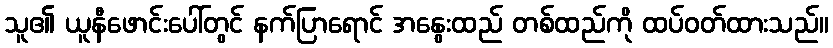
သူ၏ ယူနီဖောင်းပေါ်တွင် နက်ပြာရောင် အနွေးထည် တစ်ထည်ကို ထပ်ဝတ်ထားသည်။